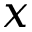
x